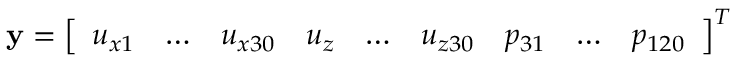
\mathbf { y } = \left[ \begin{array} { l l l l l l l l l } { u _ { x 1 } } & { \dots } & { u _ { x 3 0 } } & { u _ { z } } & { \dots } & { u _ { z 3 0 } } & { p _ { 3 1 } } & { \dots } & { p _ { 1 2 0 } } \end{array} \right] ^ { T }